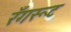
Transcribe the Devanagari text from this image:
रँगरूट